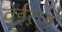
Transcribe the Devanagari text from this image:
वेईत्ज़